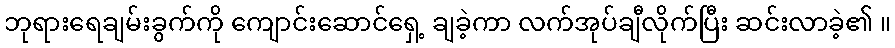
ဘုရားရေချမ်းခွက်ကို ကျောင်းဆောင်ရှေ့ ချခဲ့ကာ လက်အုပ်ချီလိုက်ပြီး ဆင်းလာခဲ့၏ ။